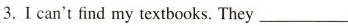
3.I can't find my textbooks. They ___